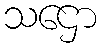
သဌော